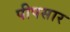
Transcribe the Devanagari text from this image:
पीपसार